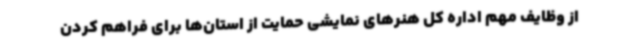
از وظایف مهم اداره کل هنرهای نمایشی حمایت از استان‌ها برای فراهم کردن